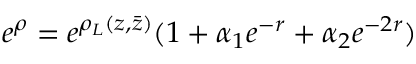
e ^ { \rho } = e ^ { \rho _ { L } ( z , \bar { z } ) } ( 1 + \alpha _ { 1 } e ^ { - r } + \alpha _ { 2 } e ^ { - 2 r } )